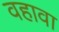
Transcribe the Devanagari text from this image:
वहावा